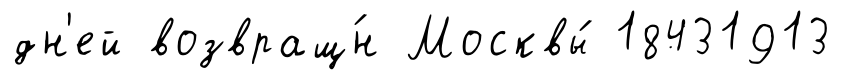
дн'ей возвращ́н Москвы́ 18431913